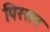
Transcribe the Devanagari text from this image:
पिरसन